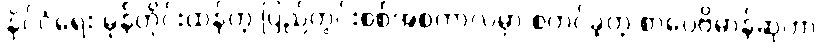
နိုင်ငံရေး မုန်တိုင်းထန်တဲ့ ပြည်တွင်းစစ်အစကာလမှာ စတင်ခဲ့တဲ့ စာပေဗိမာန်ဆုဟာ